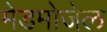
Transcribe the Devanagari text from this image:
मेडमोजेल